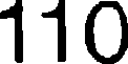
110